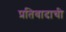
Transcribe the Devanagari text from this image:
प्रतिवादाची